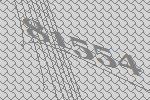
81554